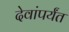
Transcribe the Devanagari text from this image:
देवांपर्यंत